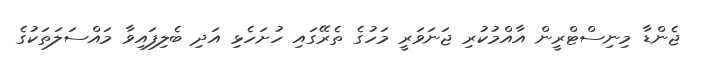
ޖެންޑާ މިނިސްޓްރީން އާއްމުކުރި ޖަނަވަރީ މަހުގެ ތެރޭގައި ހުށަހެޅި އަދި ބެލިފައިވާ މައްސަލަތަކުގެ